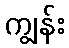
ကျွန်း